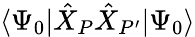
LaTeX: \langle\Psi_{0}|\hat{X}_{P}\hat{X}_{P^{\prime}}|\Psi_{0}\rangle